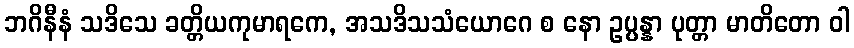
ဘဂိနီနံ သဒိသေ ခတ္တိယကုမာရကေ, အသဒိသသံယောဂေ စ နော ဥပ္ပန္နာ ပုတ္တာ မာတိတော ဝါ